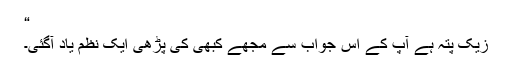
“
زیک پتہ ہے آپ کے اس جواب سے مجھے کبھی کی پڑھی ایک نظم یاد آگئی۔